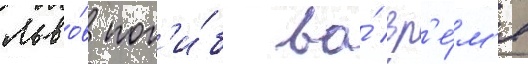
Льво́в пог'и́б во́ вр'е́м'я